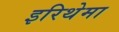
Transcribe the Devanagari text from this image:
इरिथेमा